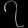
Digit: ၇